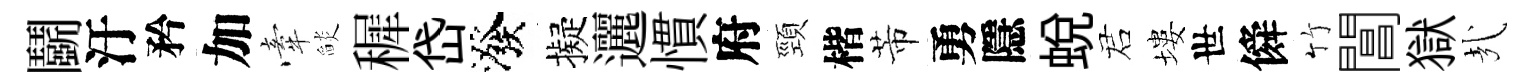
鬬汙矜加牽𦦨穉岱潑擬邐慣府頸楷芾勇隱蛻诺塿世僢竹閶獄㢤